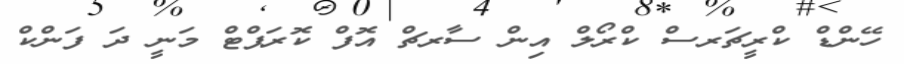
ހޭންޑް ކްރީޗަރސް ކްރޯލް އިން ސާރޗް އޮފް ކޮރަޕްޓް މަނީ ދަ ފަންކް